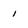
Character: 1